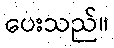
ပေးသည်။